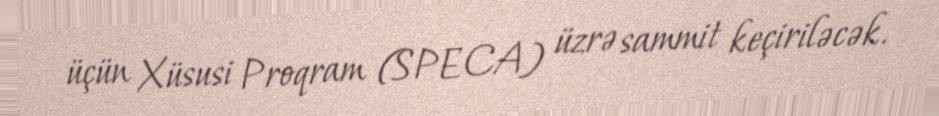
üçün Xüsusi Proqram (SPECA) üzrə sammit keçiriləcək.